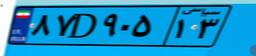
۵۹D۶۹۳۴۲